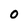
Character: O